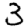
Digit: 3